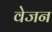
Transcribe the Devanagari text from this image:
वेजन